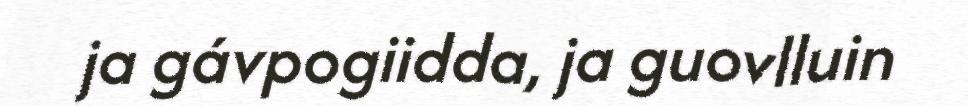
ja gávpogiidda, ja guovlluin